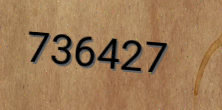
736427